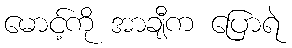
မောင့်ကို အာချီက ပြောရဲ